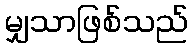
မျှသာဖြစ်သည်